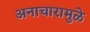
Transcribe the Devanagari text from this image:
अनाचारामुळे